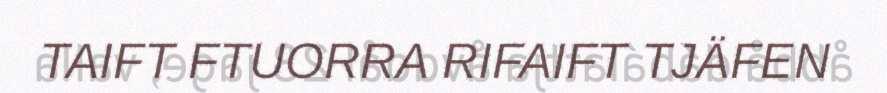
TAIFT FTUORRA RIFAIFT TJÄFEN